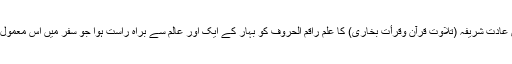
حضرت مولانا کی اس عادتِ شریفہ (تلاوتِ قرآن وقرأتِ بخاری) کا علم راقم الحروف کو بہار کے ایک اور عالم سے براہِ راست ہوا جو سفر میں اس معمول کے چشم دید شاہد ہیں۔